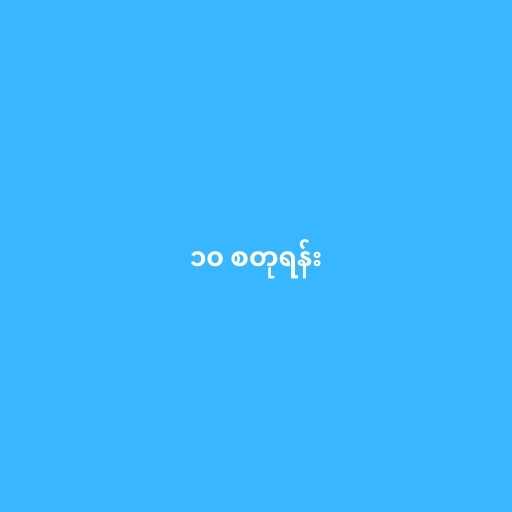
၁၀ စတုရန်း